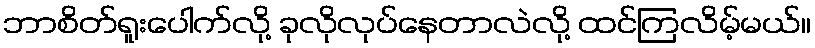
ဘာစိတ်ရူးပေါက်လို့ ခုလိုလုပ်နေတာလဲလို့ ထင်ကြလိမ့်မယ်။